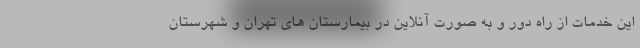
این خدمات از راه دور و به صورت آنلاین در بیمارستان های تهران و شهرستان